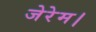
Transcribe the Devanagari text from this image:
जेरेम।